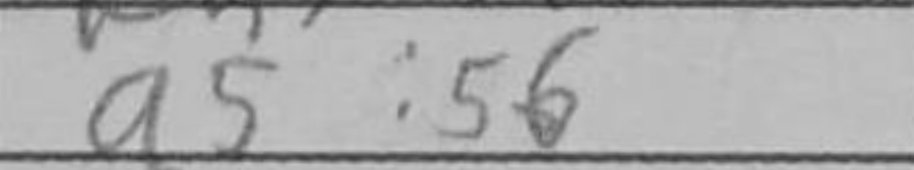
Transcription: a5